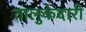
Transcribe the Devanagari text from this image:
तालुकेदारी